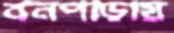
বনপাড়ায়